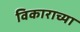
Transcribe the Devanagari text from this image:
विकाराच्या